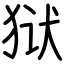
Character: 狱